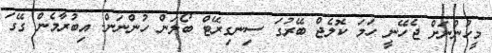
މީހުންނަށް ޖެހޭނީ ހަމަ ކޮލެޖް ބޭރުގަ ސިނގިރޭޓް ބޯލަން ހުންނަން. އިބުރާމެން ގޭގަ